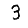
Digit: 3